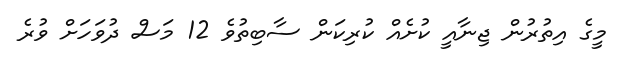
މީގެ އިތުރުން ޖިނާއީ ކުށެއް ކުރިކަން ސާބިތުވެ 12 މަސް ދުވަހަށް ވުރެ